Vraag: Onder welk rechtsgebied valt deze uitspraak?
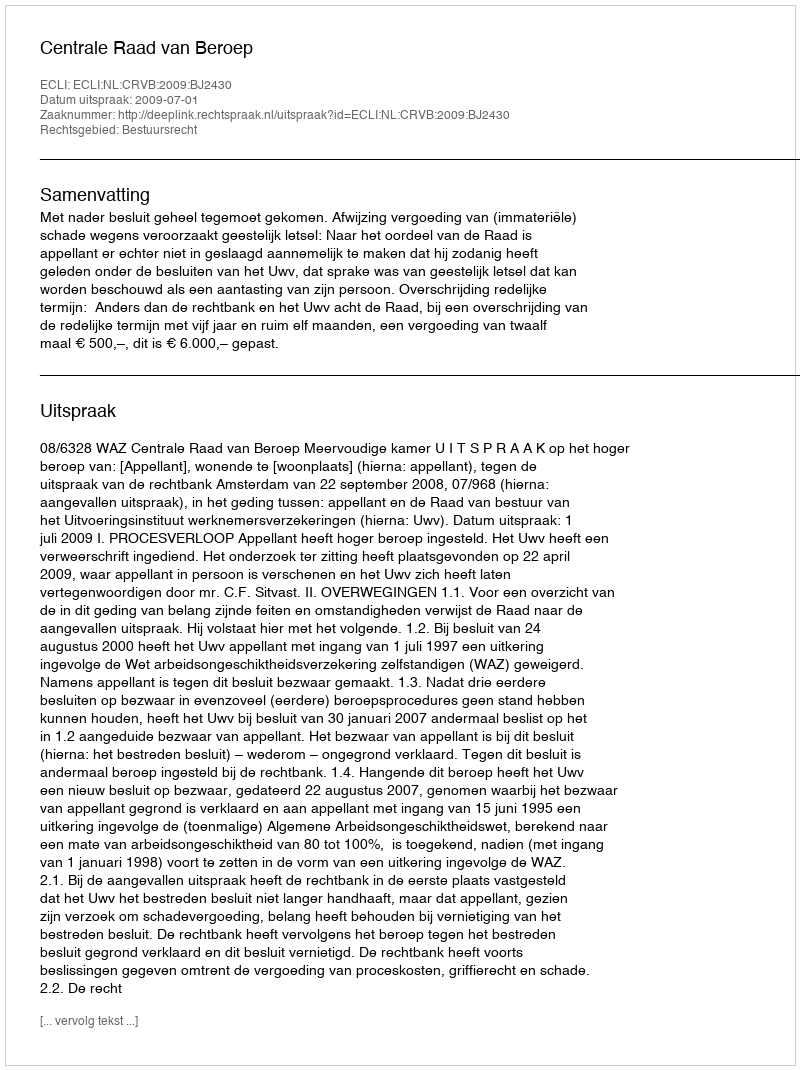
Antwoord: Bestuursrecht